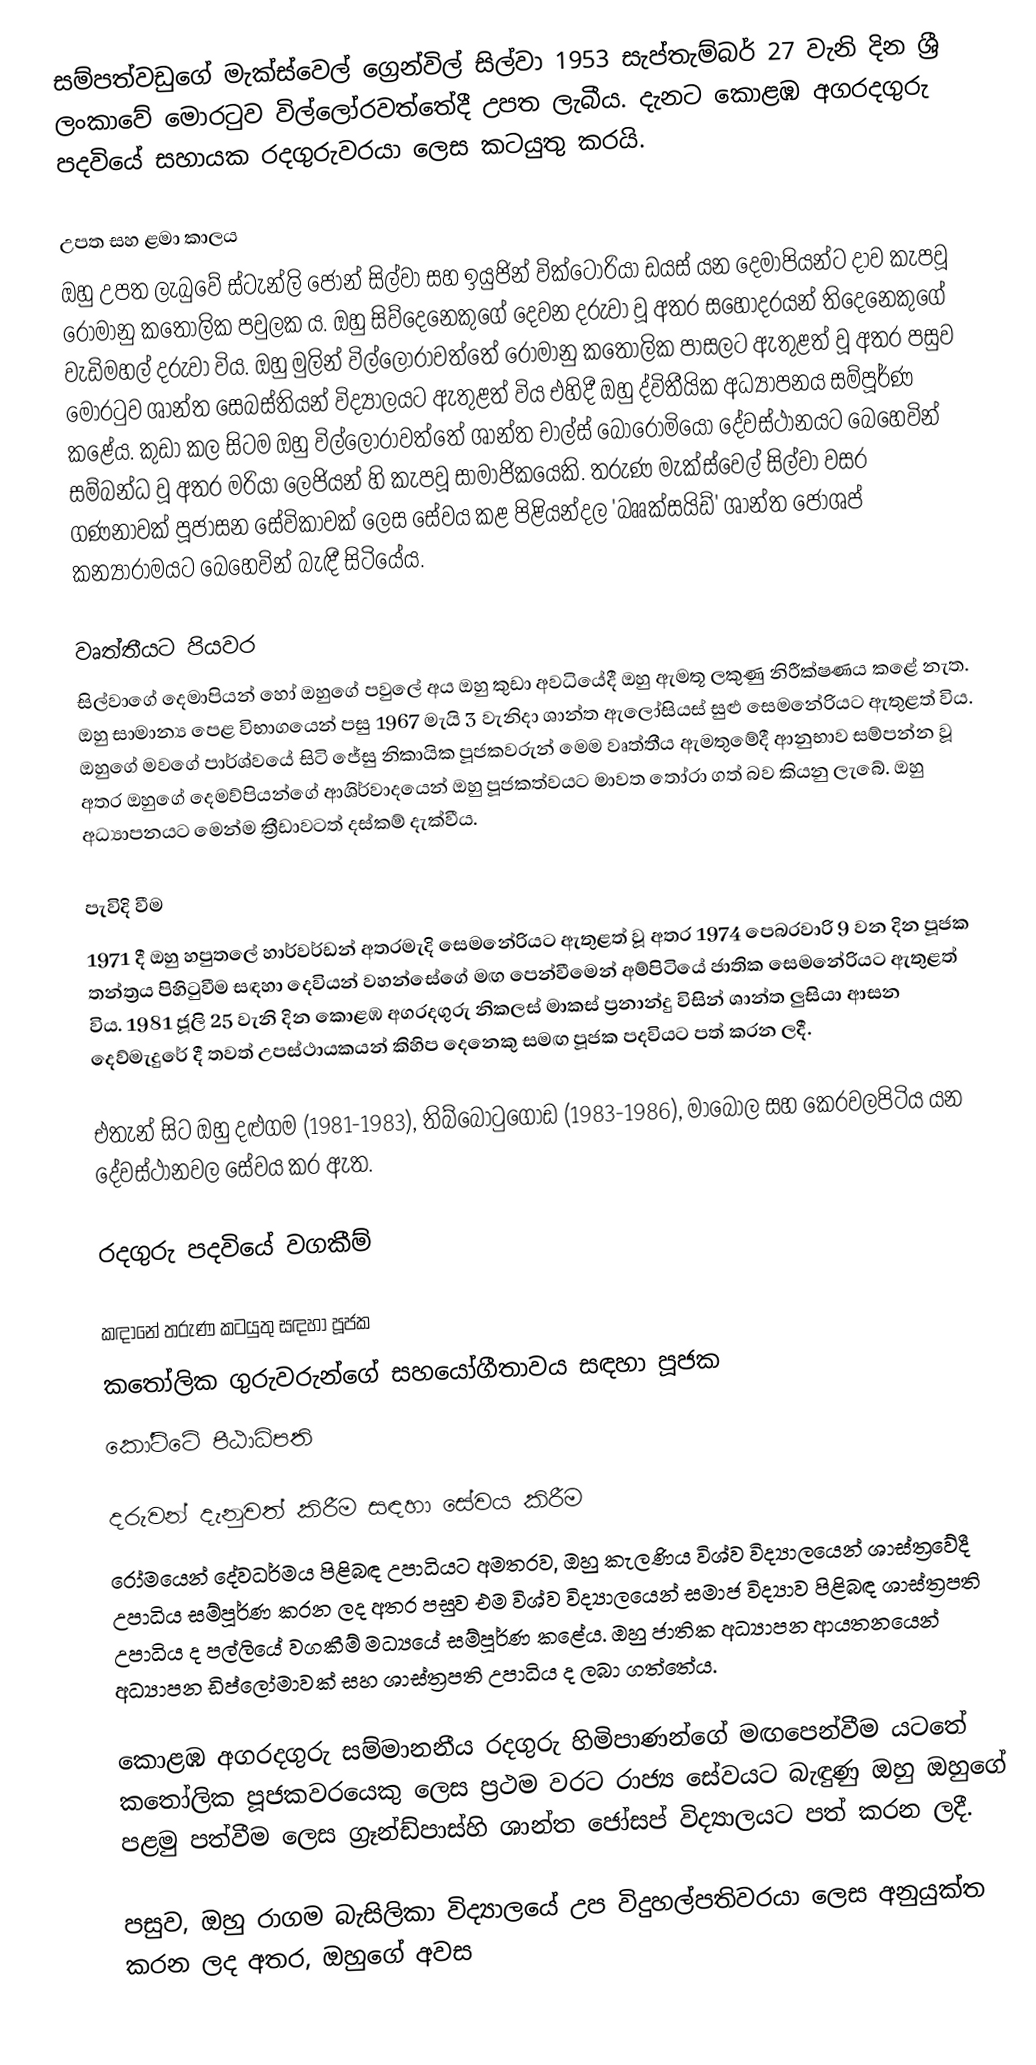
සම්පත්වඩුගේ මැක්ස්වෙල් ග්‍රෙන්විල් සිල්වා 1953 සැප්තැම්බර් 27 වැනි දින ශ්‍රී ලංකාවේ මොරටුව විල්ලෝරවත්තේදී උපත ලැබීය. දැනට කොළඹ අගරදගුරු පදවියේ සහායක රදගුරුවරයා ලෙස කටයුතු කරයි.

උපත සහ ළමා කාලය
ඔහු උපත ලැබුවේ ස්ටැන්ලි ජෝන් සිල්වා සහ ඉයුජින් වික්ටෝරියා ඩයස් යන දෙමාපියන්ට දාව කැපවූ රෝමානු කතෝලික පවුලක ය. ඔහු සිව්දෙනෙකුගේ දෙවන දරුවා වූ අතර සහෝදරයන් තිදෙනෙකුගේ වැඩිමහල් දරුවා විය. ඔහු මුලින් විල්ලෝරාවත්තේ රෝමානු කතෝලික පාසලට ඇතුළත් වූ අතර පසුව මොරටුව ශාන්ත සෙබස්තියන් විද්‍යාලයට ඇතුළත් විය  එහිදී ඔහු ද්විතීයික අධ්‍යාපනය සම්පූර්ණ කළේය. කුඩා කල සිටම ඔහු විල්ලෝරාවත්තේ ශාන්ත චාල්ස් බෝරෝමියෝ දේවස්ථානයට බෙහෙවින් සම්බන්ධ වූ අතර  මරියා ලෙජියන් හි කැපවූ සාමාජිකයෙකි. තරුණ මැක්ස්වෙල් සිල්වා වසර ගණනාවක් පූජාසන සේවිකාවක් ලෙස සේවය කළ පිළියන්දල 'බෲක්සයිඩ්' ශාන්ත ජෝශප් කන්‍යාරාමයට බෙහෙවින් බැඳී සිටියේය.

වෘත්තීයට පියවර
සිල්වාගේ දෙමාපියන් හෝ ඔහුගේ පවුලේ අය ඔහු කුඩා අවධියේදී ඔහු ඇමතූ ලකුණු නිරීක්ෂණය කළේ නැත. ඔහු සාමාන්‍ය පෙළ විභාගයෙන් පසු 1967 මැයි 3 වැනිදා ශාන්ත ඇලෝසියස් සුළු සෙමනේරියට ඇතුළත් විය. ඔහුගේ මවගේ පාර්ශ්වයේ සිටි ජේසු නිකායික පූජකවරුන් මෙම වෘත්තීය ඇමතුමේදී ආනුභාව සම්පන්න වූ අතර ඔහුගේ දෙමව්පියන්ගේ ආශිර්වාදයෙන් ඔහු පූජකත්වයට මාවත තෝරා ගත් බව කියනු ලැබේ. ඔහු අධ්‍යාපනයට මෙන්ම ක්‍රීඩාවටත් දස්කම් දැක්වීය.

පැවිදි වීම
1971 දී ඔහු හපුතලේ හාර්වර්ඩන් අතරමැදි සෙමනේරියට ඇතුළත් වූ අතර 1974 පෙබරවාරි 9 වන දින පූජක තන්ත්‍රය පිහිටුවීම සඳහා දෙවියන් වහන්සේගේ මඟ පෙන්වීමෙන් අම්පිටියේ  ජාතික සෙමනේරියට ඇතුළත් විය. 1981 ජූලි 25 වැනි දින කොළඹ අගරදගුරු නිකලස් මාකස් ප්‍රනාන්දු විසින් ශාන්ත ලුසියා ආසන දෙව්මැදුරේ දී තවත් උපස්ථායකයන් කිහිප දෙනෙකු සමඟ පූජක පදවියට පත් කරන ලදී.

එතැන් සිට ඔහු දළුගම (1981-1983), තිබ්බොටුගොඩ (1983-1986),  මාබෝල සහ කෙරවලපිටිය යන දේවස්ථානවල සේවය කර ඇත.

රදගුරු පදවියේ වගකීම්

 කඳානේ තරුණ කටයුතු සඳහා පූජක
 කතෝලික ගුරුවරුන්ගේ සහයෝගීතාවය සඳහා පූජක
 කෝට්ටේ පීඨාධිපති

දරුවන් දැනුවත් කිරීම සඳහා සේවය කිරීම
රෝමයෙන් දේවධර්මය පිළිබඳ උපාධියට අමතරව, ඔහු කැලණිය විශ්ව විද්‍යාලයෙන් ශාස්ත්‍රවේදී උපාධිය  සම්පූර්ණ කරන ලද අතර පසුව එම විශ්ව විද්‍යාලයෙන් සමාජ විද්‍යාව පිළිබඳ ශාස්ත්‍රපති උපාධිය ද පල්ලියේ වගකීම් මධ්‍යයේ සම්පූර්ණ කළේය. ඔහු ජාතික අධ්‍යාපන ආයතනයෙන් අධ්‍යාපන ඩිප්ලෝමාවක් සහ ශාස්ත්‍රපති උපාධිය ද ලබා ගත්තේය.

කොළඹ අගරදගුරු සම්මානනීය රදගුරු හිමිපාණන්ගේ මඟපෙන්වීම යටතේ කතෝලික පූජකවරයෙකු ලෙස ප්‍රථම වරට රාජ්‍ය සේවයට බැඳුණු ඔහු ඔහුගේ පළමු පත්වීම ලෙස ග්‍රෑන්ඩ්පාස්හි ශාන්ත ජෝසප් විද්‍යාලයට  පත් කරන ලදී.

පසුව, ඔහු රාගම බැසිලිකා විද්‍යාලයේ උප විදුහල්පතිවරයා ලෙස අනුයුක්ත කරන ලද අතර, ඔහුගේ අවස